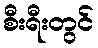
စီးရီးတွင်